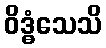
ဝိဒ္ဓံသေသိ